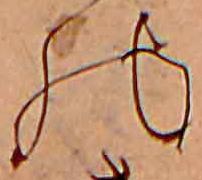
の